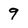
Character: 9